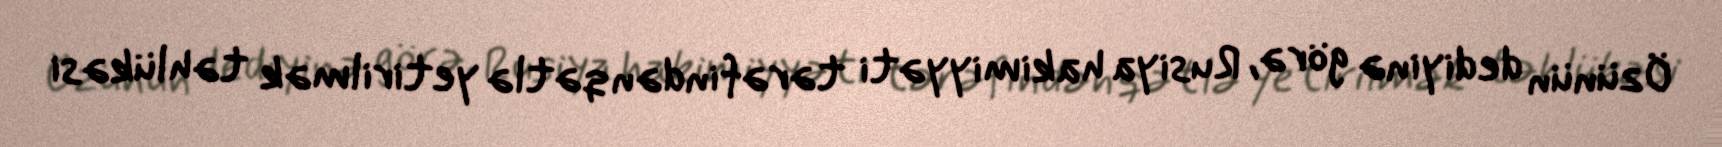
Özünün dediyinə görə, Rusiya hakimiyyəti tərəfindən qətlə yetirilmək təhlükəsi